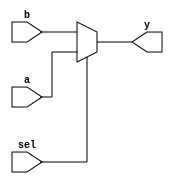
//Name: Phillip Pascual
//CSE-401
//Winter 2019
//Lab 1
//Description: Multiplexer module.  Takes in input a b and select, outputs y
//based on a and b.

module mux (a, b, sel, y);
    input [31:0] a, b;
    input sel;
    output [31:0] y;

    assign y = sel ? a : b;
endmodule